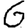
Digit: 6